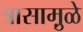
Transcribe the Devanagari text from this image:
त्रासामु़ळे